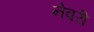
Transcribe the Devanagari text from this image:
नेवरी